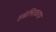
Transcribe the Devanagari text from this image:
संबलितकरण